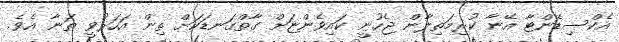
އެކްސިޑެންޓާ އޭނާ ކުރިމަތިލާން ޖެހުނީ ކައިވެންޏަށް ގާތްގަނޑަކަށް ތިން އަހަރުވީ ތަނާ އެވެ.